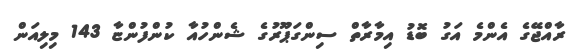
ރާއްޖޭގެ އެންމެ އަގު ބޮޑު އިމާރާތް ސިންގަޕޫރުގެ ޝެންހުއާ ކުންފުންޏާ 143 މިލިއަން